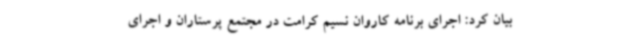
بیان کرد: اجرای برنامه کاروان نسیم کرامت در مجتمع پرستاران و اجرای